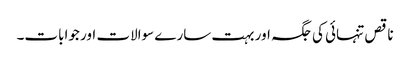
ناقص تنہائی کی جگہ اور بہت سارے سوالات اور جوابات۔